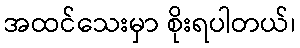
အထင်သေးမှာ စိုးရပါတယ်၊